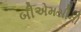
બીએમસીની